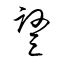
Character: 豎